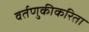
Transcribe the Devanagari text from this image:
वर्तणुकीकरिता